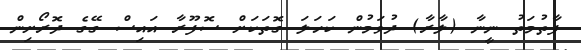
ފާތުމަތު ނީނާ (ލާރާ) ދުވަމުން ކަހަލަ ގޮތަކަށް ސޮފޫރާ އައިސް ގޭގެ ދޮރޯށިން